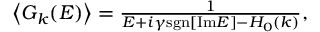
\begin{array} { r } { \left< G _ { k } ( E ) \right> = \frac { 1 } { E + i \gamma \mathrm { s g n } [ \mathrm { I m } E ] - H _ { 0 } ( k ) } , } \end{array}